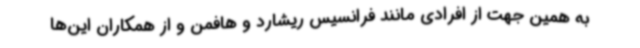
به همین جهت از افرادی مانند فرانسیس ریشارد و هافمن و از همکاران این‌ها